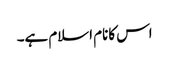
اس کانام اسلام ہے۔